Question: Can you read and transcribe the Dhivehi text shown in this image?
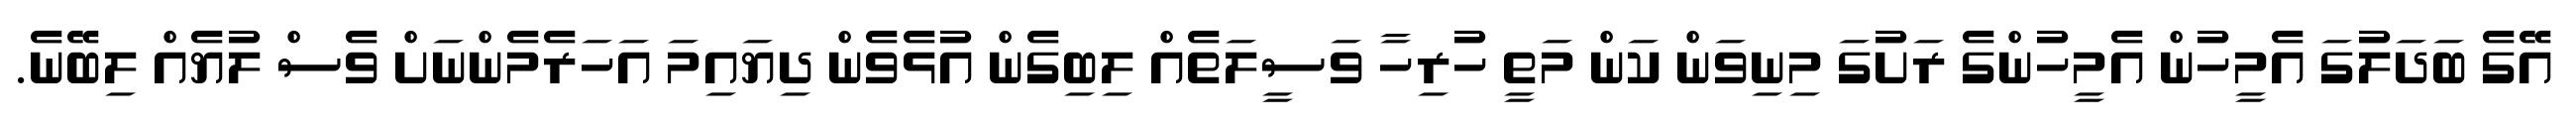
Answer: އޭގެ ބަދަލުގަ އެމީހުން އެމީހުންގެ ރަށުގަ މިނިވަން ކަން މަތީ ހުރިހާ ވަސީލަތެއް ލިބިގެން އުޅެވެން ދިޔައިމަ އަހަރެމެންނަށް ވެސް ލުޔެއް ލިބޭނެ.